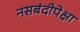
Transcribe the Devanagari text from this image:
नसबंदीपेक्षा